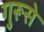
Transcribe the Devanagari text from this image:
गुरूसे